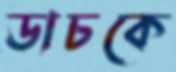
ডাচকে